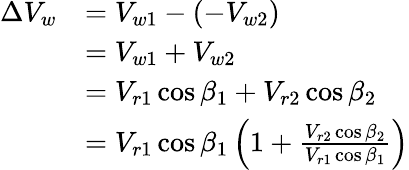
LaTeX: {\begin{array}{rl}{\Delta V_{w}}&{=V_{w1}-\left(-V_{w2}\right)}\\ &{=V_{w1}+V_{w2}}\\ &{=V_{r1}\cos\beta_{1}+V_{r2}\cos\beta_{2}}\\ &{=V_{r1}\cos\beta_{1}\left(1+{\frac{V_{r2}\cos\beta_{2}}{V_{r1}\cos\beta_{1}}}\right)}\end{array}}